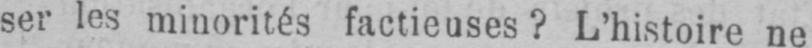
ser les minorités factieuses? L’histoire ne